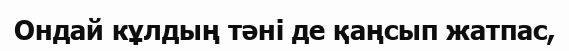
Ондай кұлдың тәні де қаңсып жатпас,